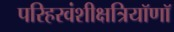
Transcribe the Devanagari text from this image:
परिहरवंशीक्षत्रियॉणॉ